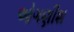
ઓગણીશ